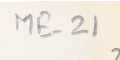
ME-
 221